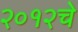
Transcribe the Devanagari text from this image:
२०१२चे